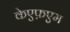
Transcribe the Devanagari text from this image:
केएफ़एम